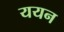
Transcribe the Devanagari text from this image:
ययन